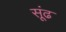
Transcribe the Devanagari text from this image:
सूंढ